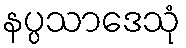
နပ္ပသာဒေသုံ